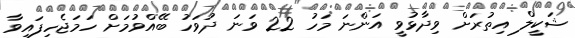
ޝަކީލް އިތުރަށް ވިދާޅުވީ އަންނަ މަހު 22 ވަނަ ދުވަހު ބޭއްވުމަށް ހަމަޖެހިފައިވާ